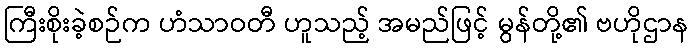
ကြီးစိုးခဲ့စဉ်က ဟံသာဝတီ ဟူသည့် အမည်ဖြင့် မွန်တို့၏ ဗဟိုဌာန